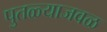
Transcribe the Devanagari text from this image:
पुतळ्याजवळ